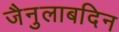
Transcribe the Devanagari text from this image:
जैनुलाबदिन